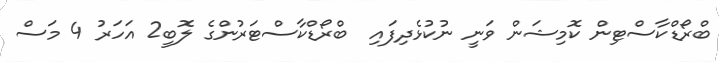
ބްރޯޑްކާސްޓިން ކޮމިޝަން ވަނީ ނުކުޅެދިފައި  ބްރޯޑްކާސްޓަރުންގެ ލޮބީ2 އަހަރު 4 މަސް